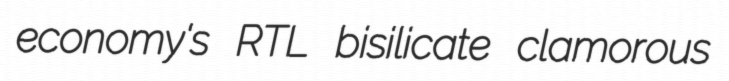
economy's RTL bisilicate clamorous